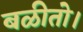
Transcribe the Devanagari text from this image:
बळीतो।